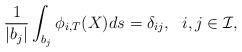
LaTeX: \begin{align*}\frac{1}{|b_j|}\int_{b_j}\phi_{i,T}(X)ds=\delta_{ij},~~i, j \in \mathcal{I},\end{align*}